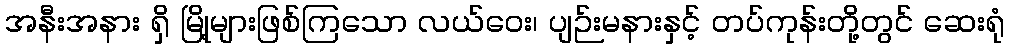
အနီးအနား ရှိ မြို့များဖြစ်ကြသော လယ်ဝေး၊ ပျဉ်းမနားနှင့် တပ်ကုန်းတို့တွင် ဆေးရုံ